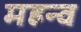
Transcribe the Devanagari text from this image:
महन्व